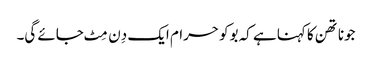
جوناتھن کا کہنا ہے کہ بوکو حرام ایک دِن مِٹ جائے گی۔